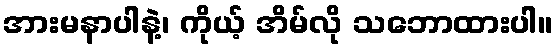
အားမနာပါနဲ့၊ ကိုယ့် အိမ်လို သဘောထားပါ။